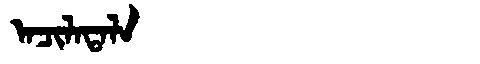
Manchu: ᠠᠴᡳᠯᠠᡨᠠᠯᠠ
Romanization: ACILATALA